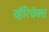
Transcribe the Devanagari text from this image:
व्हॅरिवॅक्स